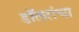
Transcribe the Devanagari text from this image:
डॉलरांचा